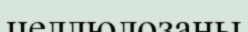
целлюлозаны